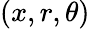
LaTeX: (x,r,\theta)